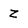
Character: z